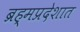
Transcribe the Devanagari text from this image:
ब्रह्मप्रदेशात